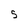
Character: 5